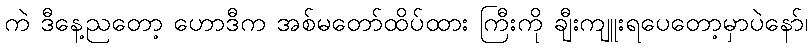
ကဲ ဒီနေ့ညတော့ ဟောဒီက အစ်မတော်ထိပ်ထား ကြီးကို ချီးကျူးရပေတော့မှာပဲနော်၊